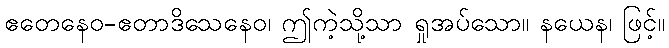
ဧတေနေဝ-ဧတာဒိသေနေဝ၊ ဤကဲ့သို့သာ ရှုအပ်သော။ နယေန၊ ဖြင့်။